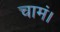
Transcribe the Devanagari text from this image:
चामं।